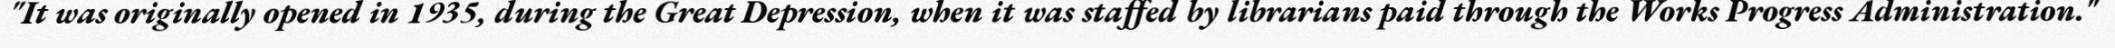
"It was originally opened in 1935, during the Great Depression, when it was staffed by librarians paid through the Works Progress Administration."